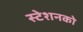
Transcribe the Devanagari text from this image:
स्टेशनको